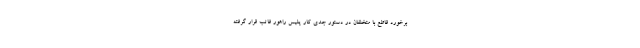
برخورد قاطع با متخلفان در دستور جدی کار پلیس راهور فاتب قرار گرفته